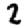
Digit: 2